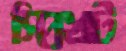
স্প্রিখট